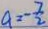
a = - \frac { 7 } { 2 }